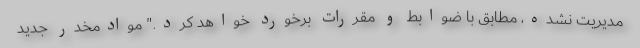
مدیریت نشده، مطابق با ضوابط و مقررات برخورد خواهد کرد." موادمخدر جدید